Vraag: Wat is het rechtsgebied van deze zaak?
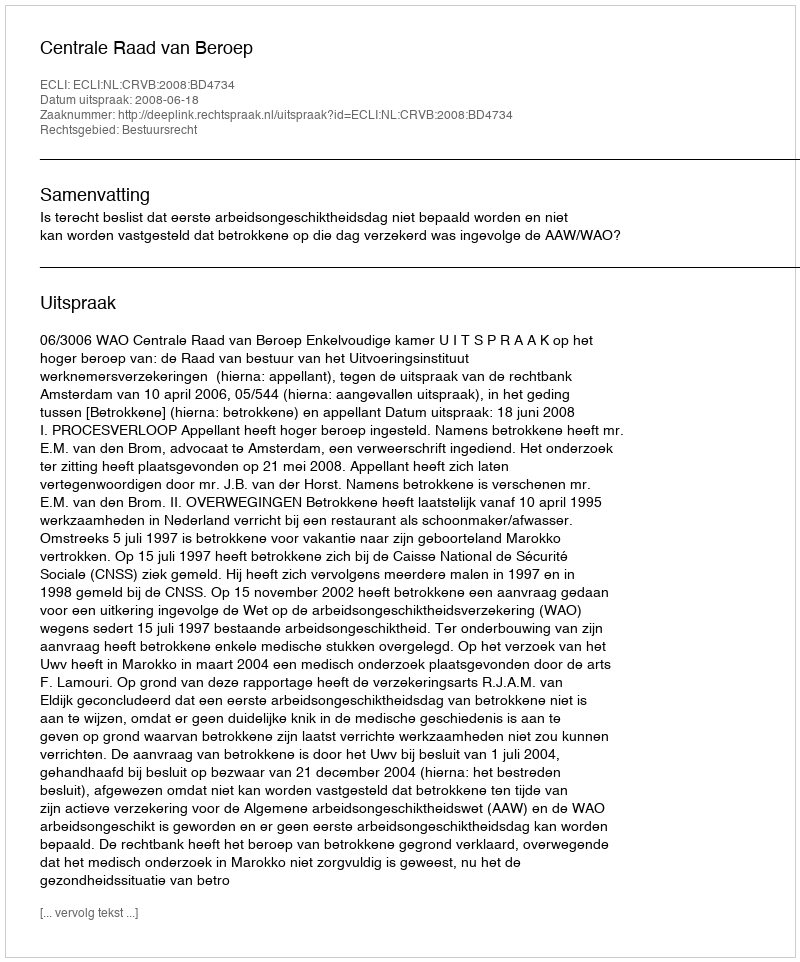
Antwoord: Bestuursrecht